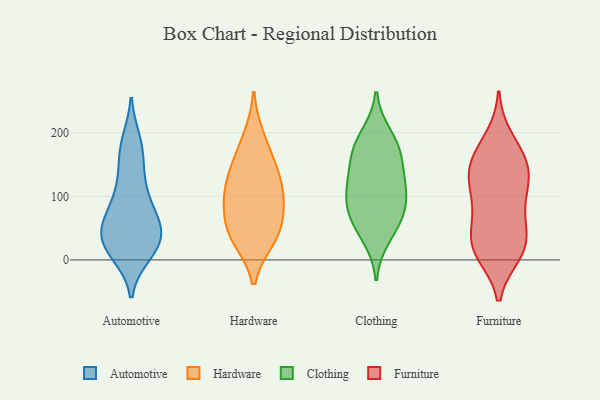
{"axis": {"x": "Budget (USD K)", "y": "Value"}, "legend": ["Automotive", "Clothing", "Furniture", "Hardware"], "data": [{"x": "", "y": 10, "type": "Automotive"}, {"x": "", "y": 17, "type": "Automotive"}, {"x": "", "y": 16, "type": "Automotive"}, {"x": "", "y": 142, "type": "Automotive"}, {"x": "", "y": 104, "type": "Automotive"}, {"x": "", "y": 56, "type": "Automotive"}, {"x": "", "y": 69, "type": "Automotive"}, {"x": "", "y": 93, "type": "Automotive"}, {"x": "", "y": 28, "type": "Automotive"}, {"x": "", "y": 50, "type": "Automotive"}, {"x": "", "y": 171, "type": "Automotive"}, {"x": "", "y": 28, "type": "Automotive"}, {"x": "", "y": 180, "type": "Automotive"}, {"x": "", "y": 119, "type": "Automotive"}, {"x": "", "y": 44, "type": "Automotive"}, {"x": "", "y": 64, "type": "Automotive"}, {"x": "", "y": 52, "type": "Automotive"}, {"x": "", "y": 186, "type": "Automotive"}, {"x": "", "y": 20, "type": "Automotive"}, {"x": "", "y": 63, "type": "Hardware"}, {"x": "", "y": 194, "type": "Hardware"}, {"x": "", "y": 129, "type": "Hardware"}, {"x": "", "y": 102, "type": "Hardware"}, {"x": "", "y": 160, "type": "Hardware"}, {"x": "", "y": 139, "type": "Hardware"}, {"x": "", "y": 98, "type": "Hardware"}, {"x": "", "y": 32, "type": "Hardware"}, {"x": "", "y": 88, "type": "Hardware"}, {"x": "", "y": 45, "type": "Hardware"}, {"x": "", "y": 33, "type": "Hardware"}, {"x": "", "y": 161, "type": "Clothing"}, {"x": "", "y": 66, "type": "Clothing"}, {"x": "", "y": 169, "type": "Clothing"}, {"x": "", "y": 61, "type": "Clothing"}, {"x": "", "y": 107, "type": "Clothing"}, {"x": "", "y": 127, "type": "Clothing"}, {"x": "", "y": 123, "type": "Clothing"}, {"x": "", "y": 79, "type": "Clothing"}, {"x": "", "y": 179, "type": "Clothing"}, {"x": "", "y": 197, "type": "Clothing"}, {"x": "", "y": 35, "type": "Clothing"}, {"x": "", "y": 97, "type": "Clothing"}, {"x": "", "y": 17, "type": "Furniture"}, {"x": "", "y": 190, "type": "Furniture"}, {"x": "", "y": 166, "type": "Furniture"}, {"x": "", "y": 134, "type": "Furniture"}, {"x": "", "y": 63, "type": "Furniture"}, {"x": "", "y": 11, "type": "Furniture"}, {"x": "", "y": 104, "type": "Furniture"}, {"x": "", "y": 94, "type": "Furniture"}, {"x": "", "y": 57, "type": "Furniture"}, {"x": "", "y": 159, "type": "Furniture"}, {"x": "", "y": 120, "type": "Furniture"}, {"x": "", "y": 29, "type": "Furniture"}, {"x": "", "y": 151, "type": "Furniture"}, {"x": "", "y": 19, "type": "Furniture"}, {"x": "", "y": 135, "type": "Furniture"}, {"x": "", "y": 19, "type": "Furniture"}]}